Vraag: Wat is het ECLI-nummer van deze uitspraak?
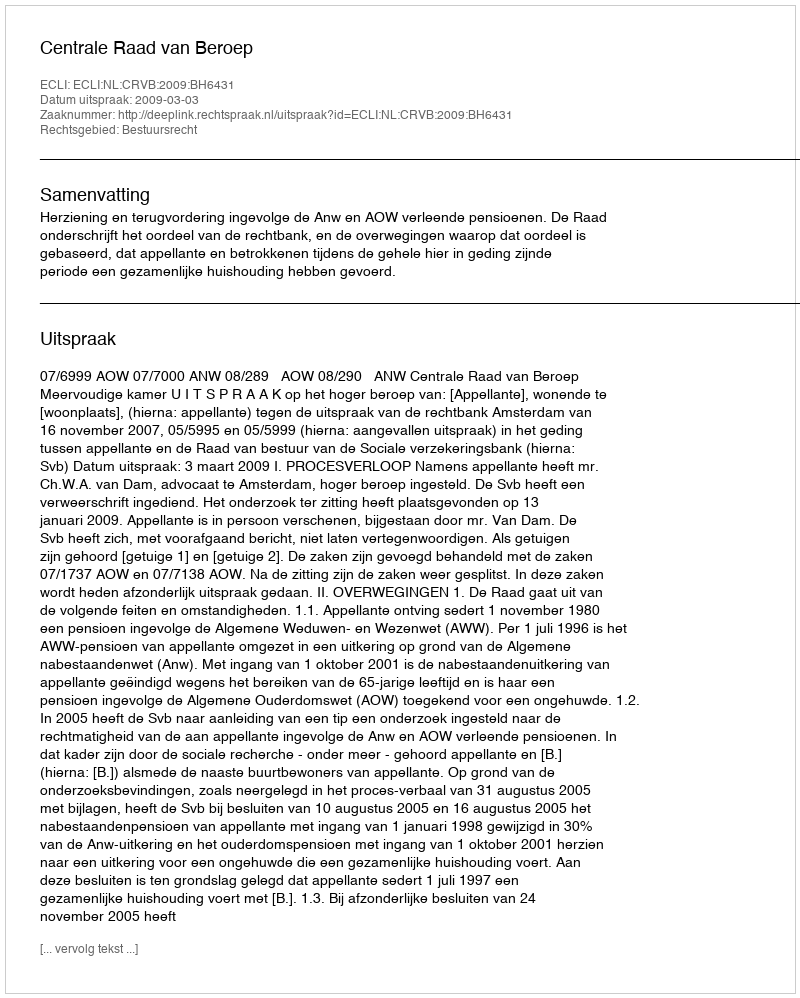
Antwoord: ECLI:NL:CRVB:2009:BH6431